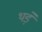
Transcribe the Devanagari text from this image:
थड़े